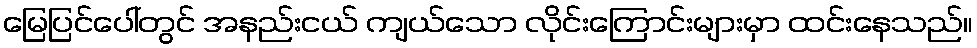
မြေပြင်ပေါ်တွင် အနည်းငယ် ကျယ်သော လိုင်းကြောင်းများမှာ ထင်းနေသည်။